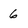
Character: 6